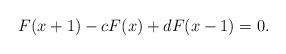
LaTeX: \begin{align*} F(x+1)-cF(x)+dF(x-1)=0.\end{align*}